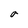
Character: o